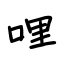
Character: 哩